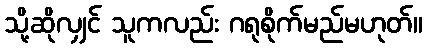
သို့ဆိုလျှင် သူကလည်း ဂရုစိုက်မည်မဟုတ်။